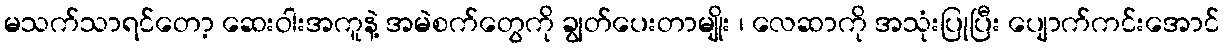
မသက်သာရင်တော့ ဆေးဝါးအကူနဲ့ အမဲစက်တွေကို ချွတ်ပေးတာမျိုး ၊ လေဆာကို အသုံးပြုပြီး ပျောက်ကင်းအောင်